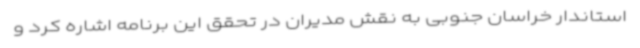
استاندار خراسان جنوبی به نقش مدیران در تحقق این برنامه اشاره کرد و